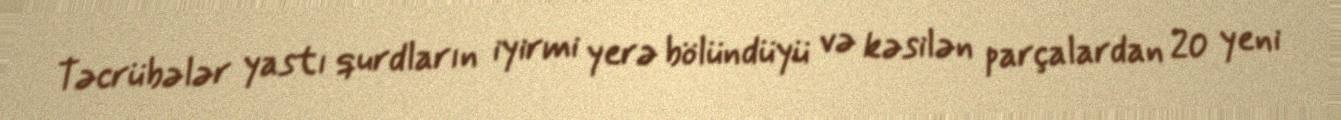
Təcrübələr yastı qurdların iyirmi yerə bölündüyü və kəsilən parçalardan 20 yeni